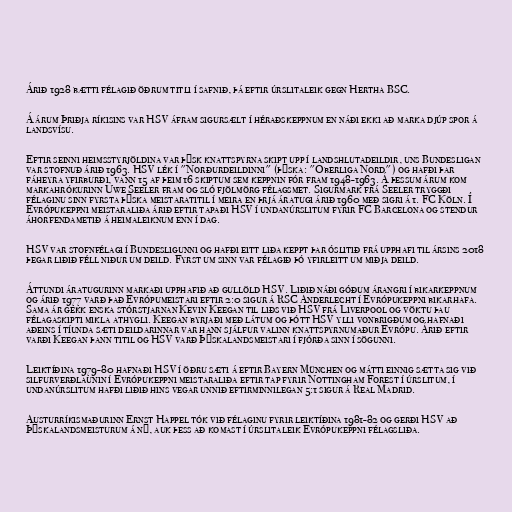
Árið 1928 bætti félagið öðrum titli í safnið, þá eftir úrslitaleik gegn Hertha BSC.

Á árum Þriðja ríkisins var HSV áfram sigursælt í héraðskeppnum en náði ekki að marka djúp spor á
landsvísu.

Eftir seinni heimsstyrjöldina var þýsk knattspyrna skipt upp í landshlutadeildir, uns Bundesligan
var stofnuð árið 1963. HSV lék í "Norðurdeildinni" (þýska: "Oberliga Nord") og hafði þar
fáheyra yfirburði, vann 15 af þeim 16 skiptum sem keppnin fór fram 1948-1963. Á þessum árum kom
markahrókurinn Uwe Seeler fram og sló fjölmörg félagsmet. Sigurmark frá Seeler tryggði
félaginu sinn fyrsta þýska meistaratitil í meira en þrjá áratugi árið 1960 með sigri á 1. FC Köln. Í
Evrópukeppni meistaraliða árið eftir tapaði HSV í undanúrslitum fyrir FC Barcelona og stendur
áhorfendametið á heimaleiknum enn í dag.

HSV var stofnfélagi í Bundesligunni og hafði eitt liða keppt þar óslitið frá upphafi til ársins 2018
þegar liðið féll niður um deild. Fyrst um sinn var félagið þó yfirleitt um miðja deild.

Áttundi áratugurinn markaði upphafið að gullöld HSV. Liðið náði góðum árangri í bikarkeppnum
og árið 1977 varð það Evrópumeistari eftir 2:0 sigur á RSC Anderlecht í Evrópukeppni bikarhafa.
Sama ár gekk enska stórstjarnan Kevin Keegan til liðs við HSV frá Liverpool og vöktu þau
félagaskipti mikla athygli. Keegan byrjaði með látum og þótt HSV ylli vonbrigðum og hafnaði
aðeins í tíunda sæti deildarinnar var hann sjálfur valinn knattspyrnumaður Evrópu. Árið eftir
varði Keegan þann titil og HSV varð Þýskalandsmeistari í fjórða sinn í sögunni.

Leiktíðina 1979-80 hafnaði HSV í öðru sæti á eftir Bayern München og mátti einnig sætta sig við
silfurverðlaunin í Evrópukeppni meistaraliða eftir tap fyrir Nottingham Forest í úrslitum, í
undanúrslitum hafði liðið hins vegar unnið eftirminnilegan 5:1 sigur á Real Madrid.

Austurríkismaðurinn Ernst Happel tók við félaginu fyrir leiktíðina 1981-82 og gerði HSV að
Þýskalandsmeisturum á ný, auk þess að komast í úrslitaleik Evrópukeppni félagsliða.